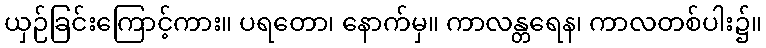
ယှဉ်ခြင်းကြောင့်ကား။ ပရတော၊ နောက်မှ။ ကာလန္တရေန၊ ကာလတစ်ပါး၌။